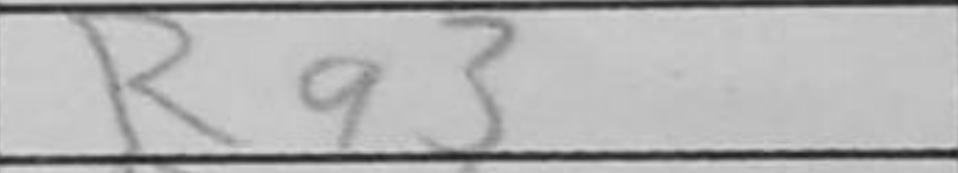
Transcription: Ra3